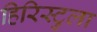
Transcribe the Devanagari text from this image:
हिरिस्टुला